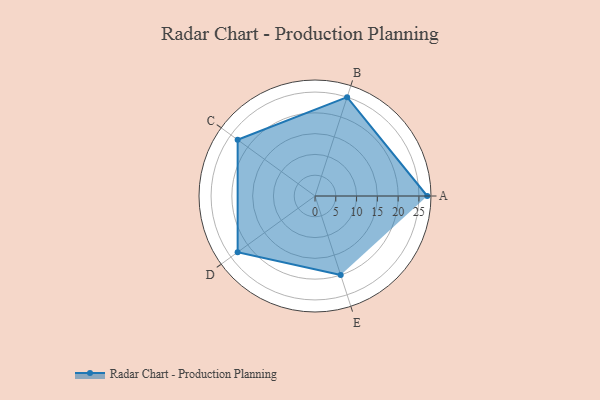
{"axis": {"x": "Skill", "y": "Score"}, "legend": ["Profile"], "data": [{"x": "A", "y": 27.0, "type": "Profile"}, {"x": "B", "y": 25.0, "type": "Profile"}, {"x": "C", "y": 23.0, "type": "Profile"}, {"x": "D", "y": 23.0, "type": "Profile"}, {"x": "E", "y": 20.0, "type": "Profile"}]}